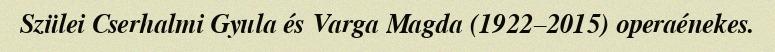
Szülei Cserhalmi Gyula és Varga Magda (1922–2015) operaénekes.